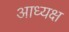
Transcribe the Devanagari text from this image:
आध्यक्ष